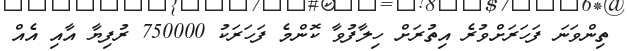
ތިންވަނަ ފަހަރަށްވުރެ އިތުރަށް ހިލާފުވާ ކޮންމެ ފަހަރަކު 750000 ރުފިޔާ އާއި އެއް